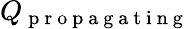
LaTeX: Q_{\mathrm{~p~r~o~p~a~g~a~t~i~n~g~}}